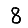
Digit: 8